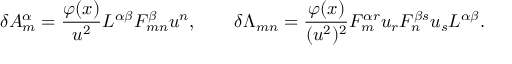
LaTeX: \delta A _ { m } ^ { \alpha } = { \frac { \varphi ( x ) } { u ^ { 2 } } } { \cal L } ^ { \alpha \beta } { \cal F } _ { m n } ^ { \beta } u ^ { n } , \qquad \delta \Lambda _ { m n } = { \frac { \varphi ( x ) } { ( u ^ { 2 } ) ^ { 2 } } } { \cal F } _ { m } ^ { \alpha r } u _ { r } { \cal F } _ { n } ^ { \beta s } u _ { s } { \cal L } ^ { \alpha \beta } .